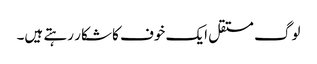
لوگ مستقل ایک خوف کا شکار رہتے ہیں۔